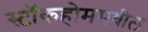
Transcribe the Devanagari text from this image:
स्टॉकहोममधील